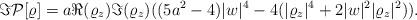
LaTeX: \begin{align*}\Im \mathcal{P}[\varrho]=a \Re(\varrho _z) \Im (\varrho _z) ((5a^2 - 4)|w|^4 - 4 (|\varrho _z|^4+2|w|^2|\varrho _z|^2)).\end{align*}